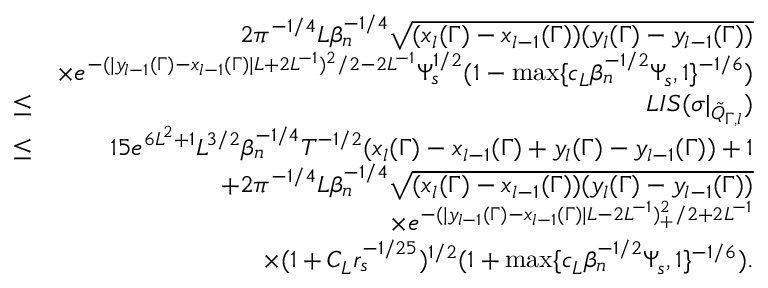
\begin{array} { r l r } & { } & { 2 \pi ^ { - 1 \slash 4 } L \beta _ { n } ^ { - 1 \slash 4 } \sqrt { ( x _ { l } ( \Gamma ) - x _ { l - 1 } ( \Gamma ) ) ( y _ { l } ( \Gamma ) - y _ { l - 1 } ( \Gamma ) ) } } \\ & { } & { \times e ^ { - ( | y _ { l - 1 } ( \Gamma ) - x _ { l - 1 } ( \Gamma ) | L + 2 L ^ { - 1 } ) ^ { 2 } \slash 2 - 2 L ^ { - 1 } } \Psi _ { s } ^ { 1 \slash 2 } ( 1 - \operatorname* { m a x } \{ c _ { L } \beta _ { n } ^ { - 1 \slash 2 } \Psi _ { s } , 1 \} ^ { - 1 \slash 6 } ) } \\ & { \leq } & { L I S ( \sigma | _ { \tilde { Q } _ { \Gamma , l } } ) } \\ & { \leq } & { 1 5 e ^ { 6 L ^ { 2 } + 1 } L ^ { 3 \slash 2 } \beta _ { n } ^ { - 1 \slash 4 } T ^ { - 1 \slash 2 } ( x _ { l } ( \Gamma ) - x _ { l - 1 } ( \Gamma ) + y _ { l } ( \Gamma ) - y _ { l - 1 } ( \Gamma ) ) + 1 } \\ & { } & { + 2 \pi ^ { - 1 \slash 4 } L \beta _ { n } ^ { - 1 \slash 4 } \sqrt { ( x _ { l } ( \Gamma ) - x _ { l - 1 } ( \Gamma ) ) ( y _ { l } ( \Gamma ) - y _ { l - 1 } ( \Gamma ) ) } } \\ & { } & { \quad \times e ^ { - ( | y _ { l - 1 } ( \Gamma ) - x _ { l - 1 } ( \Gamma ) | L - 2 L ^ { - 1 } ) _ { + } ^ { 2 } \slash 2 + 2 L ^ { - 1 } } } \\ & { } & { \quad \times ( 1 + C _ { L } r _ { s } ^ { - 1 \slash 2 5 } ) ^ { 1 \slash 2 } ( 1 + \operatorname* { m a x } \{ c _ { L } \beta _ { n } ^ { - 1 \slash 2 } \Psi _ { s } , 1 \} ^ { - 1 \slash 6 } ) . } \end{array}